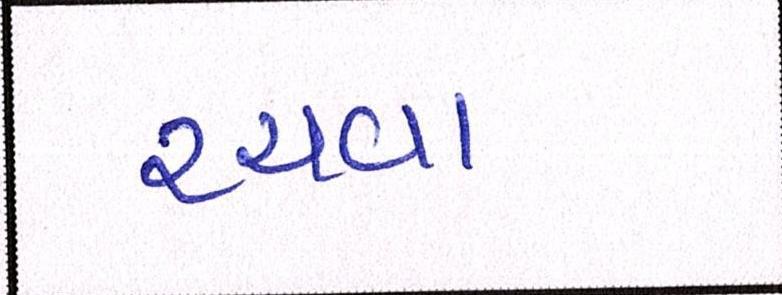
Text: રચવા